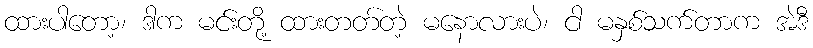
ထားပါတော့၊ ဒါက မင်းတို့ ထားတတ်တဲ့ မနောလားပဲ၊ ငါ မနှစ်သက်တာက အဲဒီ